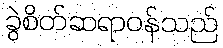
ခွဲစိတ်ဆရာဝန်သည်